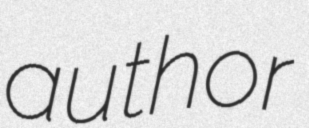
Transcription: author